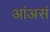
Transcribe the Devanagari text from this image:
आंअसं